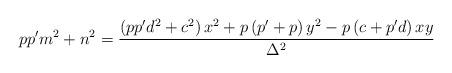
LaTeX: \begin{align*} pp'm^2+n^2 &=\frac{\left(pp'd^2+ c^2\right)x^2+p\left(p'+p\right)y^2-p\left(c+p'd\right)xy}{\Delta^{2}}\end{align*}